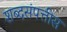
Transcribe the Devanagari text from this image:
शब्दसंपत्तीस